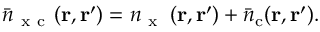
\bar { n } _ { \mathrm { ~ x ~ c ~ } } ( \ensuremath { \mathbf { r } } , \ensuremath { \mathbf { r } } ^ { \prime } ) = n _ { \mathrm { ~ x ~ } } \left( \ensuremath { \mathbf { r } } , \ensuremath { \mathbf { r } } ^ { \prime } \right) + \bar { n } _ { \mathrm { c } } ( \ensuremath { \mathbf { r } } , \ensuremath { \mathbf { r } } ^ { \prime } ) .